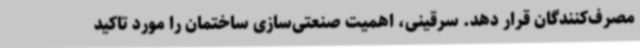
مصرف‌کنندگان قرار دهد. سرقینی، اهمیت صنعتی‌سازی ساختمان را مورد تاکید